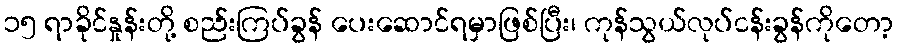
၁၅ ရာခိုင်နှုန်းတို့ စည်းကြပ်ခွန် ပေးဆောင်ရမှာဖြစ်ပြီး၊ ကုန်သွယ်လုပ်ငန်းခွန်ကိုတော့